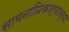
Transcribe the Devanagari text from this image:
सामनाधिकार्‍याच्या